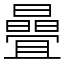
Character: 曡